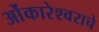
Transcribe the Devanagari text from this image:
ओंकारेश्वराचे